Annual statistical returns and brief notes on vaccination in Bengal - 1896-1909
Year: 1896
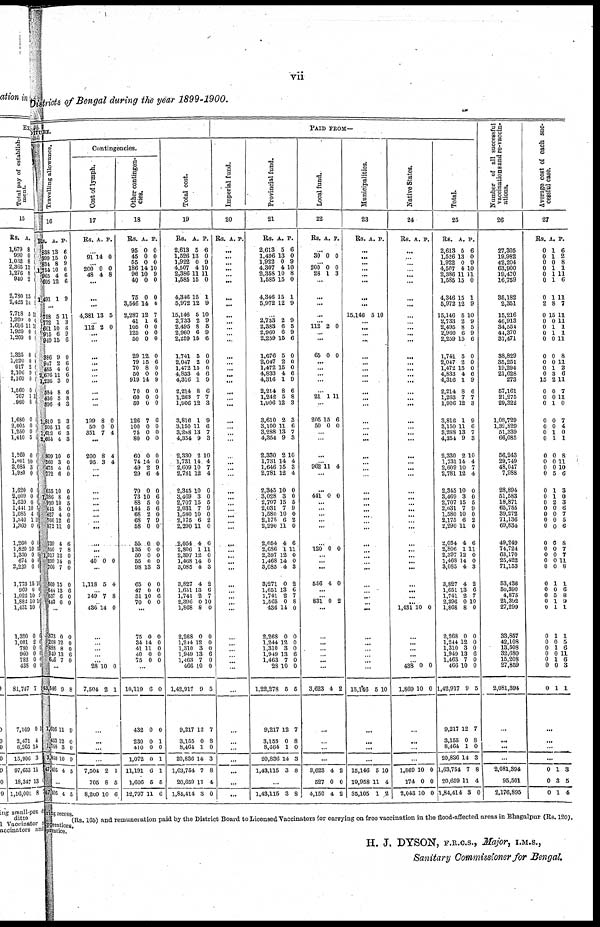
vii
Districts of Bengal during the year 1899-1900.
DITURE.
Travelling allowance.
16
Rs.
838
399
834
1,754
965
605
1,491
A.
13
15
8
10
4
12
1
P.
6
0
9
0
6
6
9
...
758
772
661
915
910
386
947 485
2,676
1,236
584
436
896
1,810
995
1,612
2,664
809
560
475
772
655
1,386
999
445
427
766
872
739
850
1,017
699
766
869
644
537
413
5
1
10
6
15
9
2
4
11
3
8
5
4
2
11
6
4
10
3
4
6
10
8
10
8
4
12
11
4
7
12
11
7
15
13
6
6
11
3
6
9
6
0
6
6
6
0
6
8
3
3
6
3
3
6
0
6
0
0
6
5
0
0
6
0
6
8
0
0
0
0
6
0
0
...
873
208
488
949
606
0
12
8
13
7
0
0
0
6
0
...
13,546
1,616
453
1,788
3,858
47,405
9
11
12
3
10
4
8
9
0
0
9
5
...
47,405 1 5
Contingencies.
Cost of lymph.
17
Rs. A. P.
... 91 14 0
...
200
48
0
4
0
8
...
...
...
4,381 13 5
... 112 2 0
...
...
...
...
...
...
...
...
...
...
199
50
351
8
0
7
0
0
4
...
200
95
8
3
4
4
...
...
...
... ...
...
...
... ...
...
...
... 40 0 0
...
1,118 5 4
... 149 7 8
... 436 14 0
...
...
...
... ...
28
7,504
10
2
0
1
...
...
...
...
7,504
705
8,209
2
8
10
1
5
6
Other contingen-
cies.
18
Rs.
95
45
55
186
96
40
75
3,546
2,287
41
105
125
50
29
79
50
50
919
70
60
50
126
100
75
80
60
74
49
29
70
73
88
144
68
68
58
55
135
50
55
98
65
47
31
70
A.
0
0
0
14
10
0
0
14
12
1
0
0
0
12
15
8
14
14
0
0
0
7
0
0
0
0
14
2
6
0
10
5
5
2
7
0
0
0
0
0
13
0
0
10
0
P.
0
0
0
10
9
0
0
0
7
6
0
0
0
0
6
0
9 9
0
0
0
6
0
0
0
0
0
9
4
0
6
0
6
0
9
0
0
0
0
0
3
0
0
6
0
...
75
34
41
40
75
0
14
11
0
0
0
0
0 0
0
...
10,119
432
230
410
1,072
11,191
1,606
12,797
6
0
0
0
0
6
5
11
0
0
1
0
1
1
5
6
Total cost.
19
Rs.
2,613
1,526
1,922
4,507
2,386
1,585
4,346
5,972
15,146
2,733
2,495
2,960
2,259
1,741
2,047
1,472
4,833
4,316
2,214
1,263
1,906
3,816
3,150
3,288
4,354
2,330
1,731
2,609
2,781
2,345
3,469
2,707
2,031
1,580
2,175
2,290
2,054
2,806
2,397
1,468
3,085
3,827
1,651
1,741
2,396
1,868
2,268
1,244
1,310
1,949
1,463
466
1,42,917
9,217
3,155
8,464
20,836
1,63,754
20,659
1,84,414
A.
5
13
0
4
11
15
15
12
5
2
8
6
15
5
2
15
4
1
8
7
12
1
11
13
9
2
14
10
12
10
3
15
7
10
6
11
4
1
12
14
4
4
13
2
0
8
0
12
3
13
7
10
9
12
0
1
14
7
11
3
P.
6
0
9
10
11
0
1
9
10
9
5
9
6
0
0
0
6
9
6
7
3
9
6
7
3
10
4
7
4
0
0
5
9
0
2
0
6
11
0
0
3
2
6
7
10
0
0
0
0
6
0
0
5
7
8
0
3
8
4
0
PAID FROM—
Imperial fund.
20
Rs. A. P.
...
...
...
...
... ...
...
...
...
... ...
... ...
...
...
...
...
...
...
... ...
...
...
... ...
...
...
...
...
...
...
...
... ...
... ...
...
... ...
...
...
...
... ...
...
...
...
...
...
... ...
...
...
...
...
...
...
...
...
...
Provincial fund.
21
Rs.
2,613
1,496
1,922
4,307
2,358
1,585
4,346
5,972
A.
5
13
0
4
10
15
15
12
P.
6
0
9
10
8
0
1
9
...
2,733
2,383
2,960
2,259
1,676
2,047
1,472
4,833
4,316
2,214
1,242
1,906
3,610
3,100
3,288
4,354
2,330
1,731
1,646
2,781
2,345
3,028
2,707
2,031
1,580
2,175
2,290
2,054
2,686
2,397
1,468
3,085
3,271
1,651
1,741
1,565
436
2,268
1,244
1,310
1,949
1,463
28
1,22,278
9,217
3,155
8,464
20,836
1,43,115
2
6
6
15
5
2
15
4
1
8
5
12
2
11
13
9
2
14
15
12
10
3
15
7
10
6
11
4
1
12
14
4
0
13
2
0
14
0
12
3
13
7
10
5
12
0
1
14
3
9
5
9
6
0
0
0
6
9
6
8
3
3
6
7
3
10
4
3
4
0
0
5
9
0
2
0
6
11
0
0
3
2
6
7
8
0
0
0
0
6
0
0
5
7
8
0
3
8
...
1,43,115 3 3
Local fund.
22
Rs. A. P.
... 30 0 0
...
200
28
0
1
0
3
...
...
...
...
... 112 2 0
... ...
65 0 0
...
...
...
...
...
21 1 11
...
205
50
15
0
6
0
... ...
...
...
962 11 4
...
...
441 0 0
...
...
...
... ...
...
120 0 0
...
...
...
556 4 0
...
...
831 0 2
...
...
...
...
...
...
...
3,623 4 2
...
...
...
...
3,623
527
4,150
4
0
4
2
0
2
Municipalities.
23
Rs. A. P.
...
... ...
... ... ...
...
...
15,146 5 10
... ...
...
...
...
...
... ...
...
...
... ...
...
...
... ...
...
...
...
...
...
...
... ...
...
... ...
...
...
...
... ...
...
...
...
... ...
...
...
... ...
...
...
15,146 5 10
...
...
...
...
16,146
19,958
35,105
5
11
1
10
4
2
Native States.
24
Rs. A. P.
...
...
...
...
...
...
...
...
...
... ...
...
...
...
...
...
...
...
...
... ...
...
...
... ...
...
...
...
...
...
...
... ...
...
... ...
...
...
...
... ...
...
...
...
... 1,431 10 0
...
...
...
...
...
438
1,869
0
10
0
0
...
...
...
...
1,869
174
2,043
10
0
10
0
0
0
Total.
25
Rs.
2,613
1,526
1,922
4,507
2,386
l,585
4,346
5,972
15,146
2,733
2,495
2,960
2,259
1,741
2,047
1,472
4,833
4,316
2,214
1,263
1,906
3,816
3,150
3,288
4,354
2,330
1,731
2,609
2,781
2,345
3,469
2,707
2,031
1,580
2,175
2,290
2,054
2,806
2,397
1,468
3,085
3,827
1,651
1,741
2,396
1,868
2,268
1,244
1,310
1,949
1,463
466
1,42,917
9,217
3,155
8,464
20,836
1,63,754
20,659
1,84,414
A.
5
13
0
4
11
15
15
12
5
2
8
6
15
5
2
15
4
1
8
7
12
1
11
13
9
2
14
10
12
10
3
15
7
10
6
11
4
1
12
14
4
4
13
2
0
8
0
12
3
13
7
10
9
12
0
1
14
7
11
3
P.
6
0
9
10
11
0
1
9
10
9
5
9
6
0
0
0
6
9
6
7
3
9
6
7
3
10
4
7
4
0
0
5
9
0
2
0
6
11
0
0
3
2
6
7
10
0
0
0
0
6
0
0
5
7
8
0
3
8
4
0
Number of all successful
vaccinations and re-vaccin-
ations.
26
27,305
19,982
42,204
63 900
19,470
16,759
36,182
2,351
15,216
46,913
34,554
41,370
37,471
38,829
35,251
19,294
21,628
273
67,161
21,275
29,322
1,08,729
1,31,829
51,339
66,085
56,243
29,749
48,047
7,988
28,894
51,583
18,871
65,755
39,272
71,136
69,834
49,249
74,724
63,170
25,422
71,153
53,436
50,390
4,875
21,392
27,299
33,857
42,108
13,508
32,680
15,208
27,859
2,081,394
...
...
...
...
2,081,394
95,501
2,176,895
Average cost of each suc-
cessful case.
27
Rs.
0
0
0
0
0
0
0
2
0
0
0
0
0
0
0
0
0
15
0
0
0
0
0
0
0
0
0
0
0
0
0
0
0
0
0
0
0
0
0
0
0
0
0
0
0
0
0
0
0
0
0
0
0
A.
1
1
0
1
1
1
1
8
15
0
1
1
0
0
0
1
3
2
0
0
1
0
0
1
1
0
0
0
5
1
1
2
0
0
0
0
0
0
0
0
0
1
0
5
1
1
1
0
1
0
1
0
1
P.
6
2
8
1
11
6
11
7
11
11
1
1
11
8
11
2
6
11
7
11
0
7
4
0
1
8
11
10
6
3
0
3
6
7
5
6
8
7
7
11
8
1
6
8
9
1
1
5
6
11
6
3
1
...
...
...
...
0
0
0
1
3
1
3
5
4
ring recess.
(Rs. 165) and remuneration paid by the District Board to Licensed Vaccinators for carrying on free vaccination in the flood-affected areas in Bhagalpur (Rs. 120).
PPrentices.
prentice.
H. J. DYSON, F.R.C.S., Major, I.M.S.,
Sanitary Commissioner for Bengal.